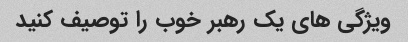
ویژگی های یک رهبر خوب را توصیف کنید